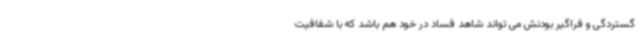
گستردگی و فراگیر بودنش می تواند شاهد فساد در خود هم باشد که با شفافیت